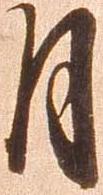
月